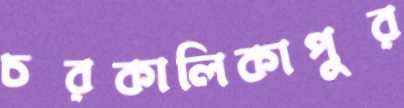
চরকালিকাপুর